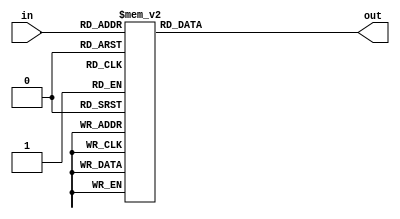
// Alex Hoffman, McGill University
// tanh function implemented with lookup table
// 6 bit address and 32 bit output s[31] fixed point format
module tanh(in, out);
input[5:0] in;  // 6 bits 2's complement fixed point. s[3][2] format
output reg[31:0] out; // 32 bit 2's comp output -1 to (almost) 1 range

always @(*)
begin
    case (in)
        -6'd32: out = -32'd2147483164;
        -6'd31: out = -32'd2147482851;
        -6'd30: out = -32'd2147482334;
        -6'd29: out = -32'd2147481481;
        -6'd28: out = -32'd2147480076;
        -6'd27: out = -32'd2147477759;
        -6'd26: out = -32'd2147473939;
        -6'd25: out = -32'd2147467642;
        -6'd24: out = -32'd2147457258;
        -6'd23: out = -32'd2147440140;
        -6'd22: out = -32'd2147411915;
        -6'd21: out = -32'd2147365383;
        -6'd20: out = -32'd2147288665;
        -6'd19: out = -32'd2147162185;
        -6'd18: out = -32'd2146953672;
        -6'd17: out = -32'd2146609935;
        -6'd16: out = -32'd2146043330;
        -6'd15: out = -32'd2145109481;
        -6'd14: out = -32'd2143570712;
        -6'd13: out = -32'd2141036119;
        -6'd12: out = -32'd2136863812;
        -6'd11: out = -32'd2130002539;
        -6'd10: out = -32'd2118738072;
        -6'd9: out = -32'd2100295088;
        -6'd8: out = -32'd2070233464;
        -6'd7: out = -32'd2021588575;
        -6'd6: out = -32'd1943791073;
        -6'd5: out = -32'd1821675245;
        -6'd4: out = -32'd1635510996;
        -6'd3: out = -32'd1363971989;
        -6'd2: out = -32'd992389038;
        -6'd1: out = -32'd525958822;
        6'd0: out = 32'd0;
        6'd1: out = 32'd525958822;
        6'd2: out = 32'd992389038;
        6'd3: out = 32'd1363971989;
        6'd4: out = 32'd1635510996;
        6'd5: out = 32'd1821675245;
        6'd6: out = 32'd1943791073;
        6'd7: out = 32'd2021588575;
        6'd8: out = 32'd2070233464;
        6'd9: out = 32'd2100295088;
        6'd10: out = 32'd2118738072;
        6'd11: out = 32'd2130002539;
        6'd12: out = 32'd2136863812;
        6'd13: out = 32'd2141036119;
        6'd14: out = 32'd2143570712;
        6'd15: out = 32'd2145109481;
        6'd16: out = 32'd2146043330;
        6'd17: out = 32'd2146609935;
        6'd18: out = 32'd2146953672;
        6'd19: out = 32'd2147162185;
        6'd20: out = 32'd2147288665;
        6'd21: out = 32'd2147365383;
        6'd22: out = 32'd2147411915;
        6'd23: out = 32'd2147440140;
        6'd24: out = 32'd2147457258;
        6'd25: out = 32'd2147467642;
        6'd26: out = 32'd2147473939;
        6'd27: out = 32'd2147477759;
        6'd28: out = 32'd2147480076;
        6'd29: out = 32'd2147481481;
        6'd30: out = 32'd2147482334;
        6'd31: out = 32'd2147482851;
        default: out <= 32'd1;
    endcase
end
endmodule